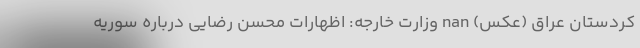
کردستان عراق (عکس) nan وزارت خارجه: اظهارات محسن رضایی درباره سوریه